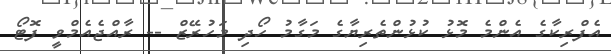
އެފްރިކާގެ އެންމެ މޮޅު ކުޅުންތެރިޔާގެ މަގާމު ހޯދި މަހުރޭޒް -- ރާއްޖެއެމްވީ ފޮޓޯ